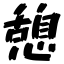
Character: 憩